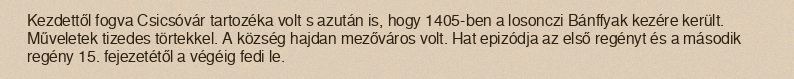
Kezdettől fogva Csicsóvár tartozéka volt s azután is, hogy 1405-ben a losonczi Bánffyak kezére került. Műveletek tizedes törtekkel. A község hajdan mezőváros volt. Hat epizódja az első regényt és a második regény 15. fejezetétől a végéig fedi le.